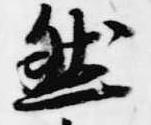
然